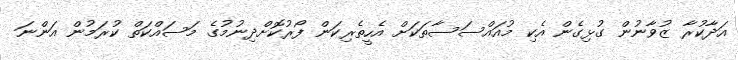
އަދާކުރާ ޒުވާނުން ގުޅިގެން އެކި މުއައްސަސާތަކަށް އެހީތެރިކަން ފޯރުކޮށްދިނުމުގެ މަސައްކަތް ކުރަމުން އަންނަ